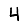
Digit: 4